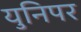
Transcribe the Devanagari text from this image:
युनिपर